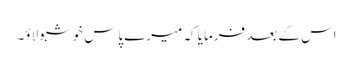
اس کے بعد فرمایا کہ میرے پاس خوشبو لاؤ۔